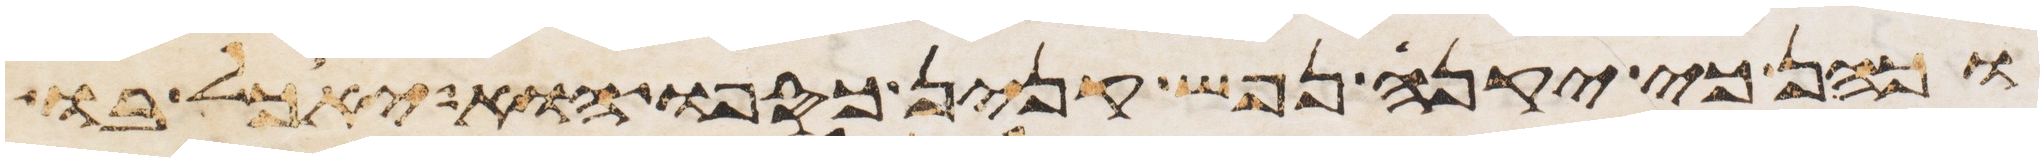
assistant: וכהן כי יקנה נפש קנין כספו הוא יאכל בו